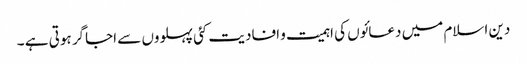
دین اسلام میں دعائوں کی اہمیت و افادیت کئی پہلووں سے اجاگر ہوتی ہے ۔